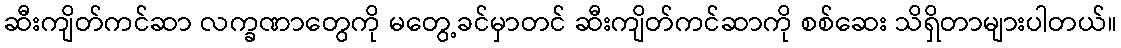
ဆီးကျိတ်ကင်ဆာ လက္ခဏာတွေကို မတွေ့ခင်မှာတင် ဆီးကျိတ်ကင်ဆာကို စစ်ဆေး သိရှိတာများပါတယ်။